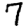
Digit: 7